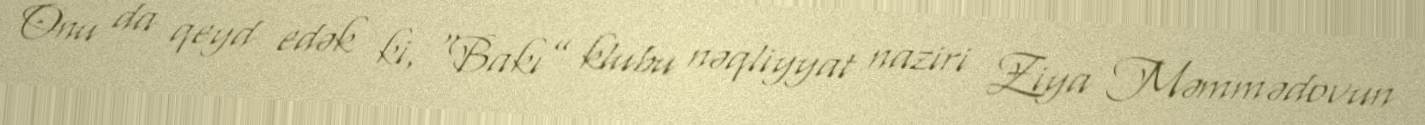
Onu da qeyd edək ki, “Bakı” klubu nəqliyyat naziri Ziya Məmmədovun